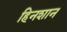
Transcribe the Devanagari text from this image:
हिनशान